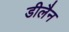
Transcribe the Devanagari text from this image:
डीलैन